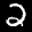
Label: 2